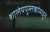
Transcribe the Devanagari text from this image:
शालेयपुस्तकांमधून